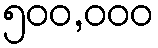
၅၀၀,၀၀၀